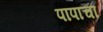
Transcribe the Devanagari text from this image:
पापाचा